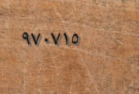
٩٧٠٧١٥